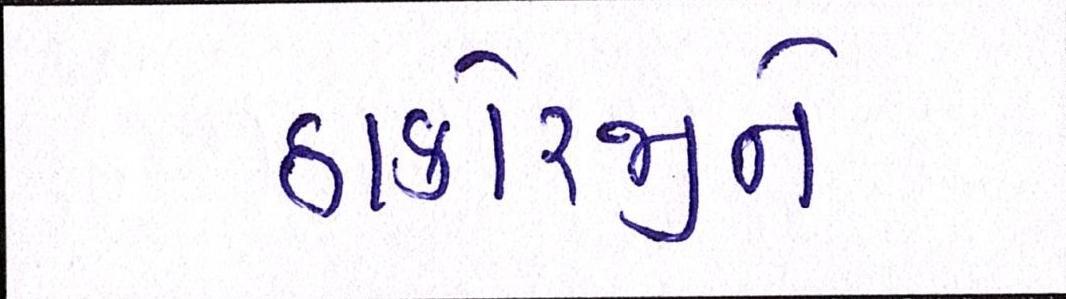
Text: ઠાકોરજીને